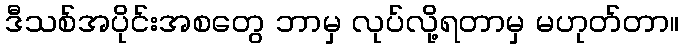
ဒီသစ်အပိုင်းအစတွေ ဘာမှ လုပ်လို့ရတာမှ မဟုတ်တာ။